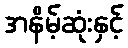
အနိမ့်ဆုံးနှင့်